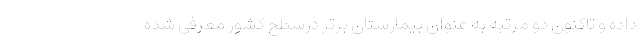
داده و تاکنون دو مرتبه به عنوان بیمارستان برتر درسطح کشور معرفی شده